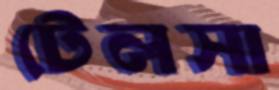
টেলসা